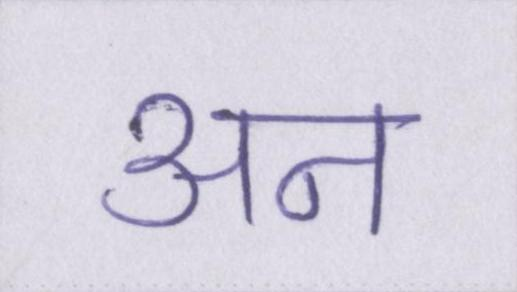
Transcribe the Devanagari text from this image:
अन